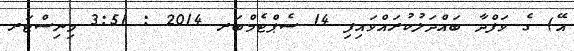
އޭ) ގެ ވަފްދާ ބައްދަލުކުރައްވައިފި 14 ސެޕްޓެމްބަރ 2014 : 3:51 މިނިސްޓަރ